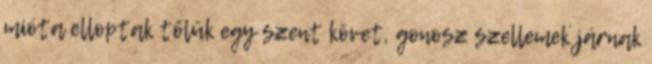
mióta elloptak tőlük egy szent követ, gonosz szellemek járnak